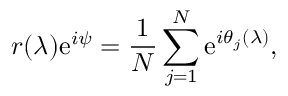
r ( \lambda ) \mathrm { e } ^ { i \psi } = \frac { 1 } { N } \sum _ { j = 1 } ^ { N } \mathrm { e } ^ { i \theta _ { j } ( \lambda ) } ,